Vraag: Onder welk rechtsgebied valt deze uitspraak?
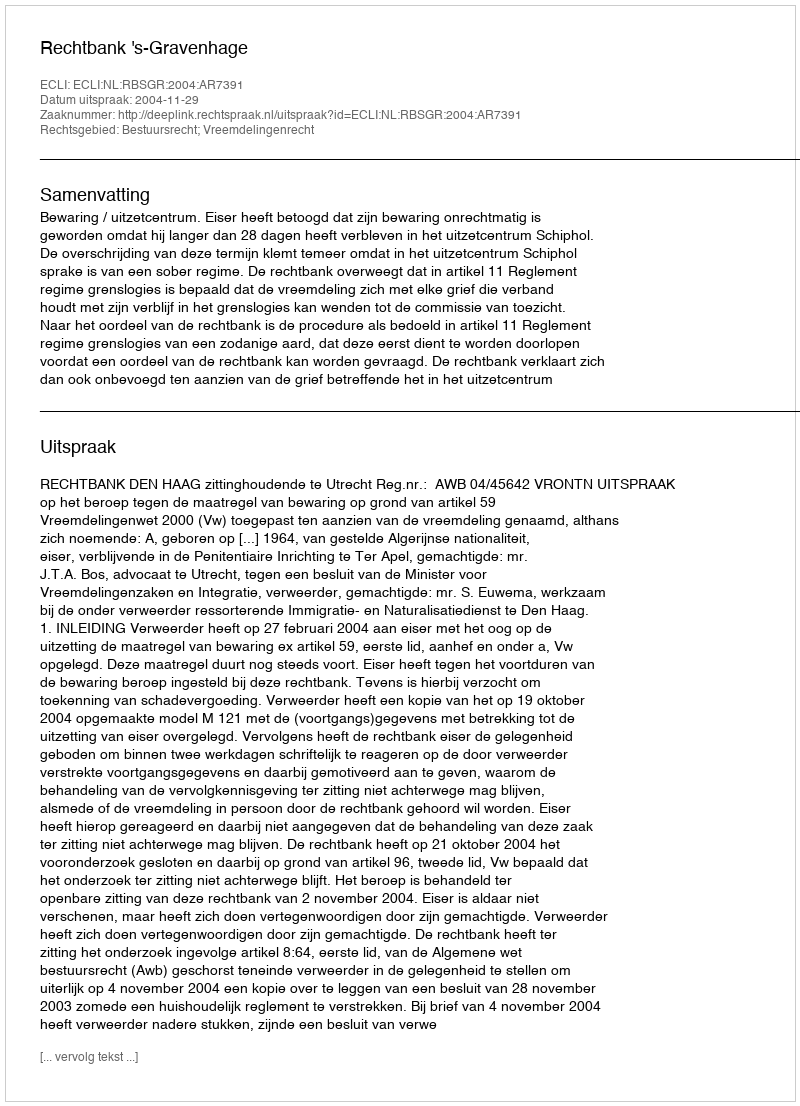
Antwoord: Bestuursrecht; Vreemdelingenrecht